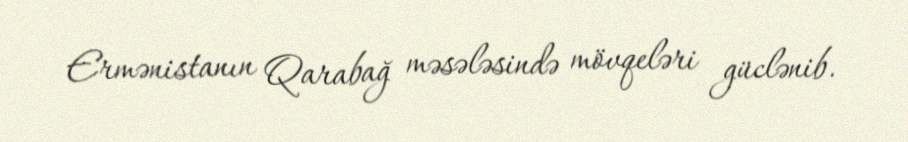
Ermənistanın Qarabağ məsələsində mövqeləri güclənib.